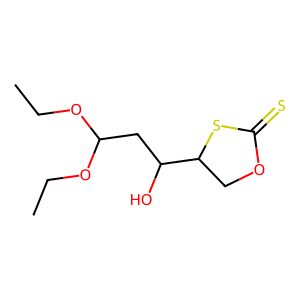
SMILES: CCOC(CC(O)C1COC(=S)S1)OCC
Inhibits HIV replication: Yes